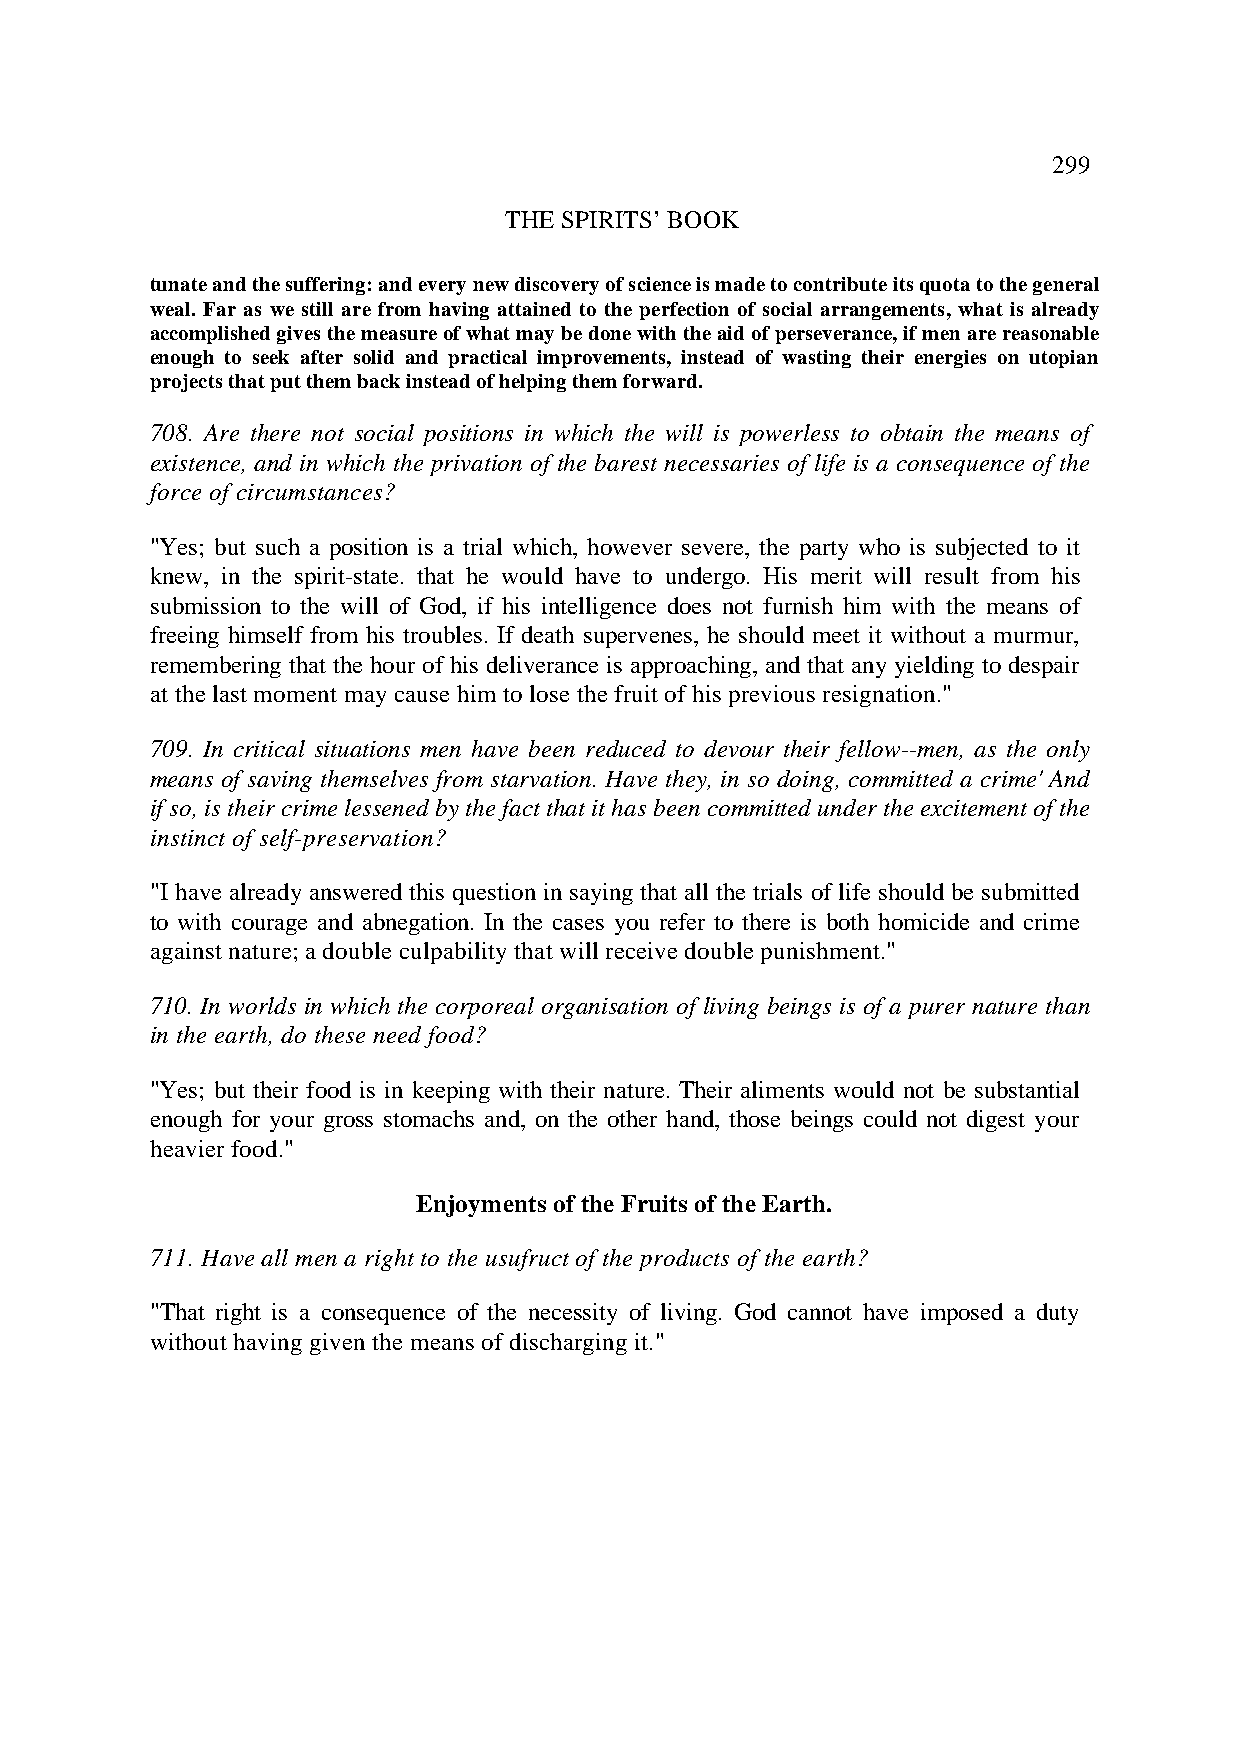
299
 THE SPIRITS’ BOOK
 tunate and the suffering: and every new discovery of science is made to contribute its quota to the general
 weal. Far as we still are from having attained to the perfection of social arrangements, what is already
 accomplished gives the measure of what may be done with the aid of perseverance, if men are reasonable
 enough to seek after solid and practical improvements, instead of wasting their energies on utopian
 projects that put them back instead of helping them forward.
 708. Are there not social positions in which the will is powerless to obtain the means of
 existence, and in which the privation of the barest necessaries of life is a consequence of the
 force of circumstances?
 "Yes; but such a position is a trial which, however severe, the party who is subjected to it
 knew, in the spirit-state. that he would have to undergo. His merit will result from his
 submission to the will of God, if his intelligence does not furnish him with the means of
 freeing himself from his troubles. If death supervenes, he should meet it without a murmur,
 remembering that the hour of his deliverance is approaching, and that any yielding to despair
 at the last moment may cause him to lose the fruit of his previous resignation."
 709. In critical situations men have been reduced to devour their fellow--men, as the only
 means of saving themselves from starvation. Have they, in so doing, committed a crime' And
 if so, is their crime lessened by the fact that it has been committed under the excitement of the
 instinct of self-preservation?
 "I have already answered this question in saying that all the trials of life should be submitted
 to with courage and abnegation. In the cases you refer to there is both homicide and crime
 against nature; a double culpability that will receive double punishment."
 710. In worlds in which the corporeal organisation of living beings is of a purer nature than
 in the earth, do these need food?
 "Yes; but their food is in keeping with their nature. Their aliments would not be substantial
 enough for your gross stomachs and, on the other hand, those beings could not digest your
 heavier food."
 Enjoyments of the Fruits of the Earth.
 711. Have all men a right to the usufruct of the products of the earth?
 "That right is a consequence of the necessity of living. God cannot have imposed a duty
 without having given the means of discharging it."